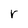
Character: r